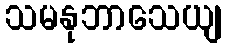
သမနုဘာသေယျ